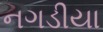
નગડીયા